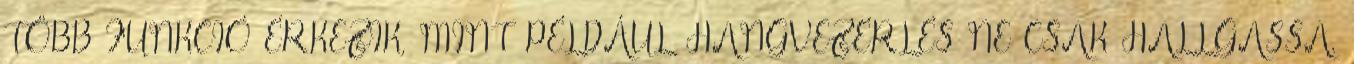
TÖBB FUNKCIÓ ÉRKEZIK, MINT PÉLDÁUL HANGVEZÉRLÉS NE CSAK HALLGASSA.